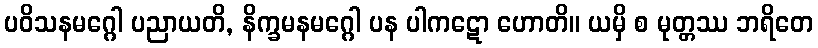
ပဝိသနမဂ္ဂေါ ပညာယတိ, နိက္ခမနမဂ္ဂေါ ပန ပါကဋော ဟောတိ။ ယမှိ စ မုတ္တဿ ဘရိတေ